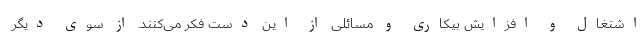
اشتغال و افزایش بیکاری و مسائلی از این دست فکر می‌کنند. از سوی دیگر